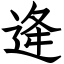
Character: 逄